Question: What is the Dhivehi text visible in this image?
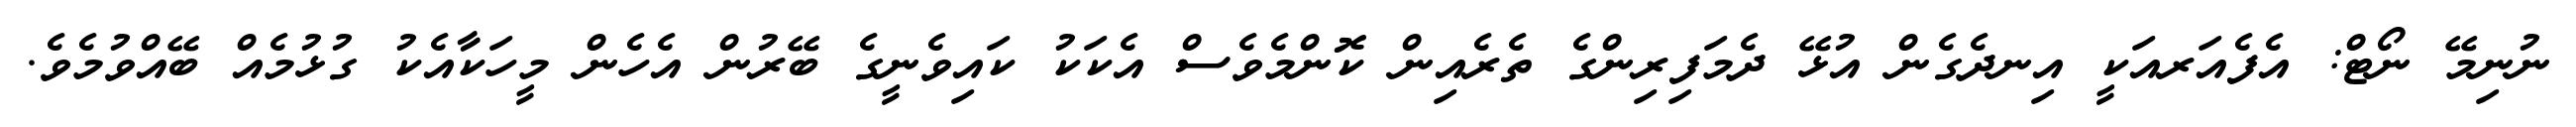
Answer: ނުނިމޭ ނޯޓް: އެފެއަރއަކީ އިނދެގެން އުޅޭ ދެމަފިރިންގެ ތެރެއިން ކޮންމެވެސް އެކަކު ކައިވެނީގެ ބޭރުން އެހެން މީހަކާއެކު ގުޅުމެއް ބޭއްވުމެވެ.